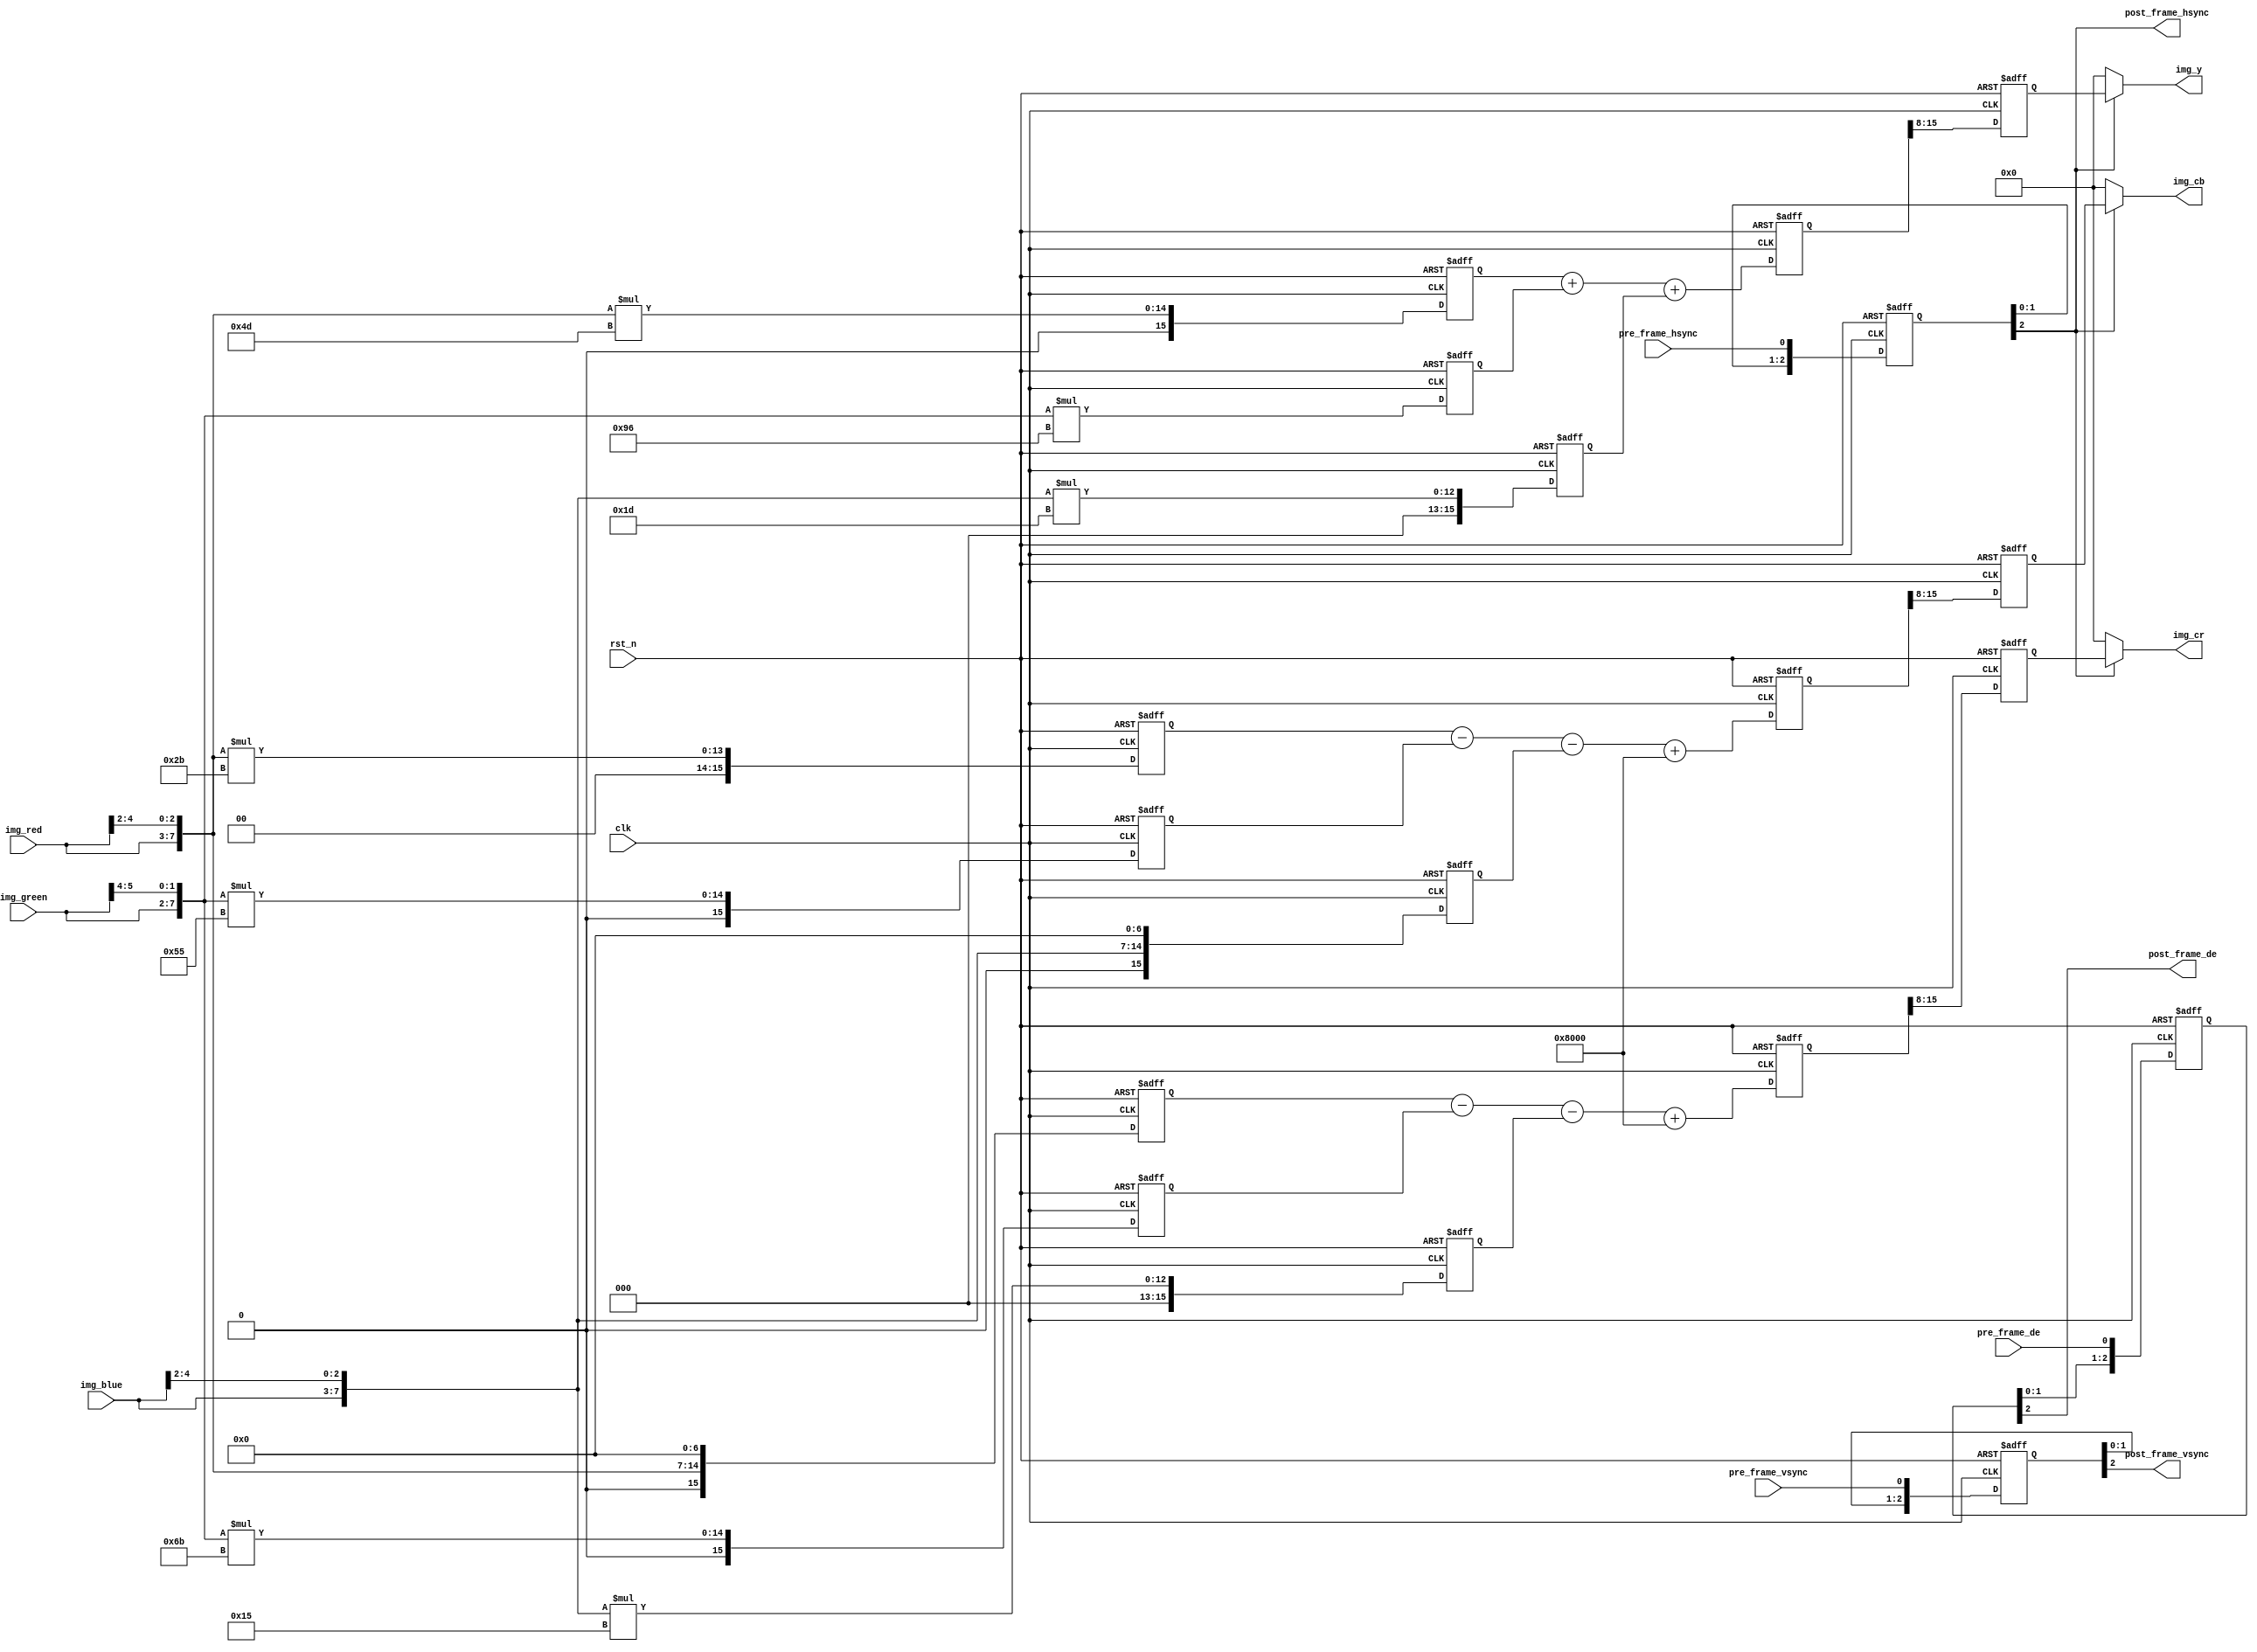
module ycbcr_disp(
    input           clk,
    input           rst_n,

    //
    input           pre_frame_vsync,    //vsync
    input           pre_frame_hsync,     //hsync
    input           pre_frame_de,       //
    input   [4:0]   img_red,            //
    input   [5:0]   img_green,          //
    input   [4:0]   img_blue,           //

    //
    output           post_frame_vsync,  //vsync
    output           post_frame_hsync,   //hsync
    output           post_frame_de,     //
    output   [7:0]   img_y,             
    output   [7:0]   img_cb,
    output   [7:0]   img_cr
);

reg [15:0] rgb_r_m0, rgb_r_m1, rgb_r_m2;
reg [15:0] rgb_g_m0, rgb_g_m1, rgb_g_m2;
reg [15:0] rgb_b_m0, rgb_b_m1, rgb_b_m2;

reg [15:0] img_y0;
reg [15:0] img_cb0;
reg [15:0] img_cr0;
reg [15:0] img_y1;
reg [15:0] img_cb1;
reg [15:0] img_cr1;

reg [2:0] pre_frame_vsync_d;
reg [2:0] pre_frame_hsync_d;
reg [2:0] pre_frame_de_d;

wire[7:0] rgb888_r, rgb888_g, rgb888_b;

//RGB565 to RGB 888
assign rgb888_r         = {img_red  , img_red[4:2]  };
assign rgb888_g         = {img_green, img_green[5:4]};
assign rgb888_b         = {img_blue , img_blue[4:2] };

//
assign post_frame_vsync = pre_frame_vsync_d[2];
assign post_frame_hsync = pre_frame_hsync_d[2];
assign post_frame_de    = pre_frame_de_d[2];

//localparam              cb_up   =       8'h80   ;
//localparam              cb_down =       8'h30   ;
//localparam              cr_up   =       8'hff   ;
//localparam              cr_down =       8'hc8   ;
//
//assign data_o           = (img_cb1 > cb_down && img_cb1 < cb_up && img_cr1 > cr_down && img_cr1 < cr_up) ? 8'hff : 8'h00 ;  //

assign img_y            = post_frame_hsync ? img_y1 : 8'd0;
assign img_cb           = post_frame_hsync ? img_cb1 : 8'd0;
assign img_cr           = post_frame_hsync ? img_cr1 : 8'd0;

always @(posedge clk or negedge rst_n) begin
    if(!rst_n) begin
        rgb_r_m0 <= 16'd0;
        rgb_r_m1 <= 16'd0;
        rgb_r_m2 <= 16'd0;
        rgb_g_m0 <= 16'd0;
        rgb_g_m1 <= 16'd0;
        rgb_g_m2 <= 16'd0;
        rgb_b_m0 <= 16'd0;
        rgb_b_m1 <= 16'd0;
        rgb_b_m2 <= 16'd0;
    end
    else begin //rgb888ycbcr
        rgb_r_m0 <= rgb888_r * 8'd77;
        rgb_r_m1 <= rgb888_r * 8'd43;
        rgb_r_m2 <= rgb888_r << 3'd7;
        rgb_g_m0 <= rgb888_g * 8'd150;
        rgb_g_m1 <= rgb888_g * 8'd85;
        rgb_g_m2 <= rgb888_g * 8'd107;
        rgb_b_m0 <= rgb888_b * 8'd29;
        rgb_b_m1 <= rgb888_b << 3'd7;
        rgb_b_m2 <= rgb888_b * 8'd21;
    end
end

always @(posedge clk or negedge rst_n) begin
    if(!rst_n) begin
        img_y0  <= 16'd0;
        img_cb0 <= 16'd0;
        img_cr0 <= 16'd0;
    end
    else begin
        img_y0  <= rgb_r_m0 + rgb_g_m0 + rgb_b_m0;
        img_cb0 <= rgb_r_m1 - rgb_g_m1 - rgb_b_m1 + 16'd32768;
        img_cr0 <= rgb_r_m2 - rgb_g_m2 - rgb_b_m2 + 16'd32768;
    end
end

always @(posedge clk or negedge rst_n) begin
    if(!rst_n) begin
        img_y1  <= 8'd0;
        img_cb1 <= 8'd0;
        img_cr1 <= 8'd0;
    end
    else begin
        img_y1  <= img_y0[15:8];
        img_cb1 <= img_cb0[15:8];
        img_cr1 <= img_cr0[15:8];
    end
end
    
//,3
always @(posedge clk or negedge rst_n) begin
    if(!rst_n) begin      
        pre_frame_hsync_d <= 3'd0;
        pre_frame_vsync_d <= 3'd0;
        pre_frame_de_d    <= 3'd0;
    end
    else begin
        pre_frame_hsync_d <= {pre_frame_hsync_d[1:0], pre_frame_hsync};
        pre_frame_vsync_d <= {pre_frame_vsync_d[1:0], pre_frame_vsync};
        pre_frame_de_d    <= {pre_frame_de_d[1:0], pre_frame_de};
    end
end
    
endmodule